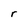
Character: r